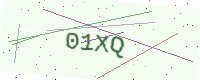
Text: 01XQ